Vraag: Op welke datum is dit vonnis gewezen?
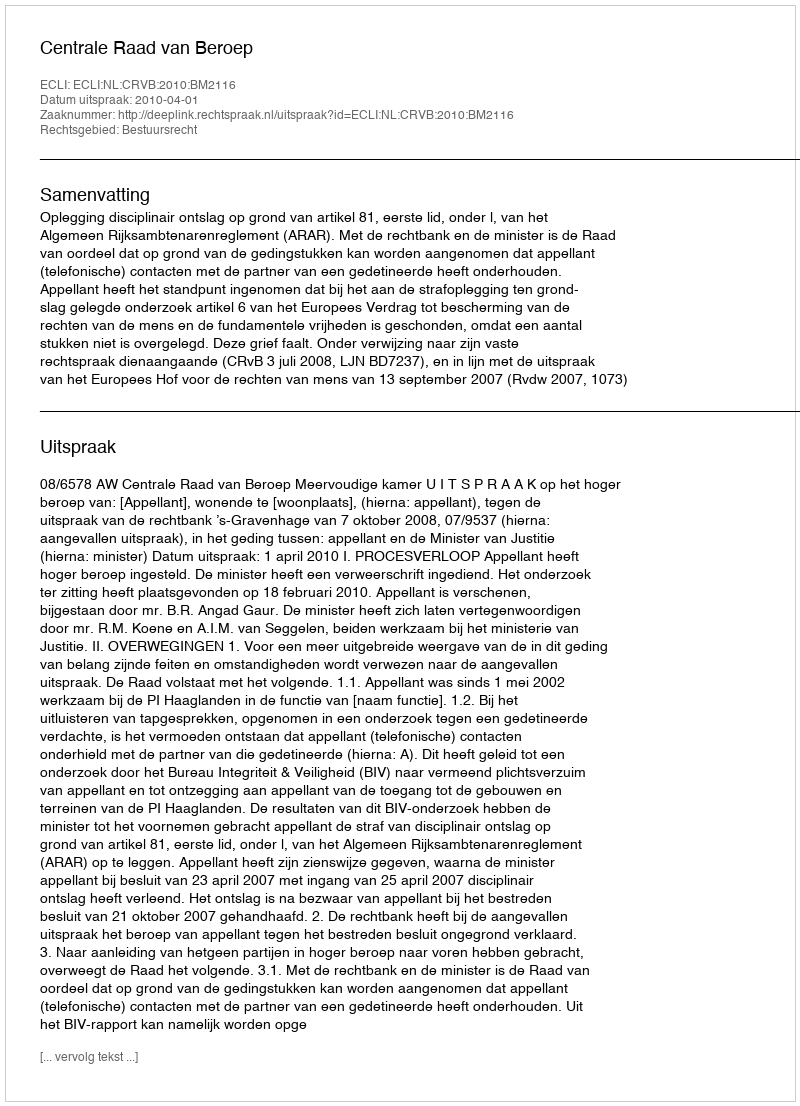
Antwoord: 2010-04-01